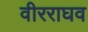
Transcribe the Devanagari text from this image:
वीरराघव